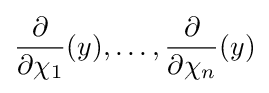
{\frac {\partial }{\partial \chi _{1}}}(y),\ldots ,{\frac {\partial }{\partial \chi _{n}}}(y)